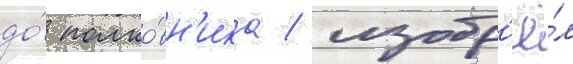
до́ полко́вн'ика / изобр'ё́л